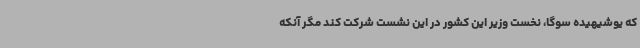
که یوشیهیده سوگا، نخست وزیر این کشور در این نشست شرکت کند مگر آنکه